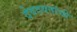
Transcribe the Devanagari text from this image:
देवदवतांची